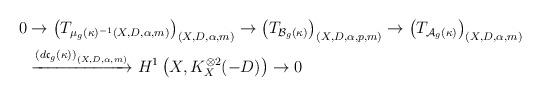
LaTeX: \begin{align*}\begin{aligned}0 &\to \left(T_{\mu_g(\kappa)^{-1}(X, D, \alpha, m)}\right)_{(X, D, \alpha, m)} \to \left(T_{\mathcal B_g(\kappa)}\right)_{(X, D, \alpha, p, m)} \to \left(T_{\mathcal A_g(\kappa)}\right)_{(X, D, \alpha, m)}\\ &\xrightarrow{\left(d\mathfrak c_g(\kappa)\right)_{(X, D, \alpha, m)}} H^1\left(X, K_X^{\otimes 2}(-D)\right) \to 0\end{aligned}\end{align*}